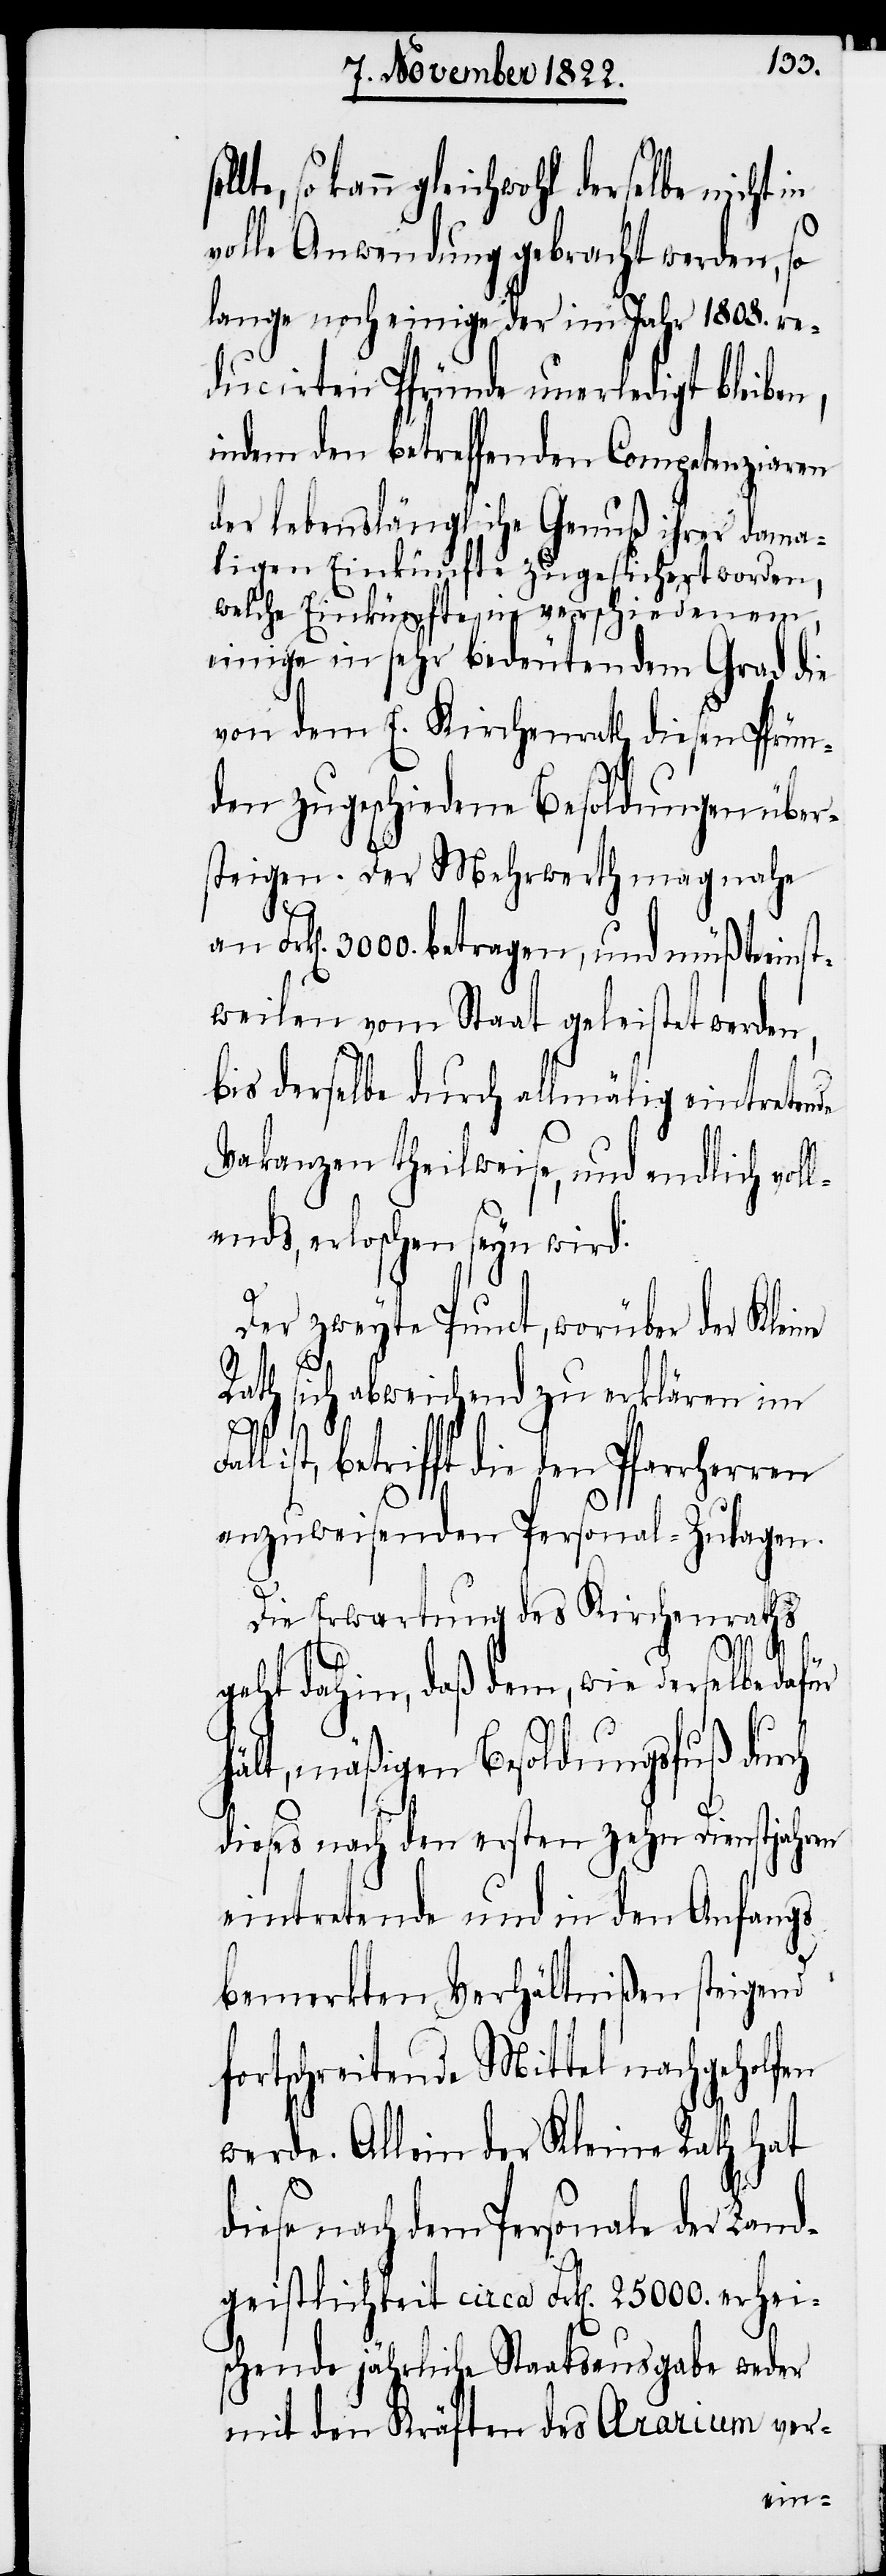
so kann gleichwohl derselbe nicht
volle Anwendung gebracht werden, so
lange noch einige der im Jahr 1808. re¬
ducirten Pfründe unerledigt bleiben,
indem den betreffenden Competenziaren
der lebenslängliche Genuß ihrer dama¬
ligen Einkünfte zugesichert worden,
welche Einkünfte in verschiedenen,
einige in sehr bedeutendem Grad die
von dem E. Kirchenrath diesen Pfrün¬
den zugeschiedene Besoldungen über¬
steigen. Der Mehrwerth mag nahe
Frk[en]. 3000. betragen, und müßte eins¬
tweilen vom Staat geleistet werden,
bis derselbe durch allmälig eintretende
Vakanzen theilweise, und endlich vol¬
lends erloschen seyn wird.
Der zweyte Punct, worüber der Klei¬
Rath sich abweichend zu erklären im
Fall
ist, betrifft die den Pfarrherren
anzuweisenden Personal-Zulagen.
Die Erwartung des Kirchenraths
d¬
geht dahin, daß dem, wie derselbe dafür
hält, mäßigen Besoldungsfuß durch
dieses nach den ersten zehn Dienstjahren
eintretende und in den Anfangs
bemerkten Verhältnißen steigend
fortschreitende Mittel nachgeholfen
werde. Allein der Kleine Rath hat
iese nach dem Personale der Lan¬
dgeistlichkeit circa Frk[en]. 25 000. erhei¬
schende jährliche Staatsausgabe weder
mit den Kräften des Ærarium ver-

ne